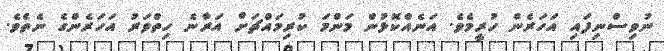
ނުވިސްނިފައި އަހަރެން ހުރީމެވެ. އަނެއްކޮޅުން މަންމަ ކުރިމައްޗަށް އަރާނެ ހިތްވަރު އަހަރެންގެ ނެތެވެ.